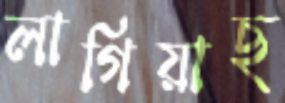
লাগিয়াছ